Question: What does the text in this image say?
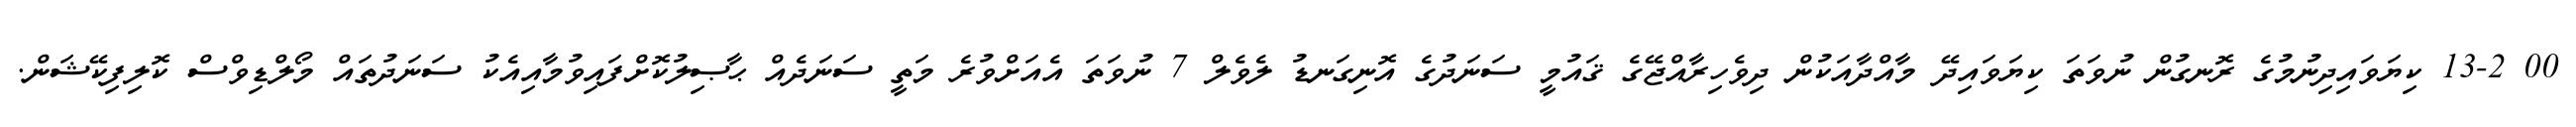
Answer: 00 13-2 ކިޔަވައިދިނުމުގެ ރޮނގުން ނުވަތަ ކިޔަވައިދޭ މާއްދާއަކުން ދިވެހިރާއްޖޭގެ ޤައުމީ ސަނަދުގެ އޮނިގަނޑު ލެވެލް 7 ނުވަތަ އެއަށްވުރެ މަތީ ސަނަދެއް ޙާޞިލުކޮށްފައިވުމާއިއެކު ސަނަދުތައް މޯލްޑިވްސް ކޮލިފިކޭޝަން.